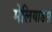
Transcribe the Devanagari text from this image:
मेलियाडस